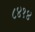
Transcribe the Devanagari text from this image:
८४१४